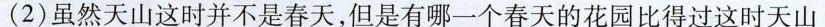
(2)虽然天山这时并不是春天，但是有哪一个春天的花园比得过这时天山